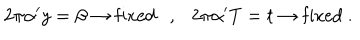
2 \pi \alpha ^ { \prime } y = \beta \rightarrow \mathrm { f i x e d } , 2 \pi \alpha ^ { \prime } T = t \rightarrow \mathrm { f i x e d } ~ .